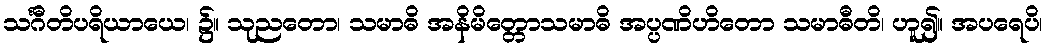
သင်္ဂီတိပရိယာယေ၊ ၌။ သုညတော၊ သမာဓိ အနိမိတ္တောသမာဓိ အပ္ပဏိဟိတော သမာဓီတိ၊ ဟူ၍။ အပရေပိ၊